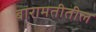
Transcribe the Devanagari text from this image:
बारामतीतील